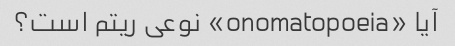
آیا «onomatopoeia» نوعی ریتم است؟